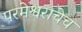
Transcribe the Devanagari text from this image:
परमेश्वराचेच